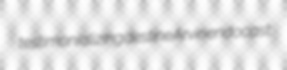
testimonializing destine Arvin endocast